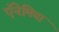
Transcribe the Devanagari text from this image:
ऍनेमिया